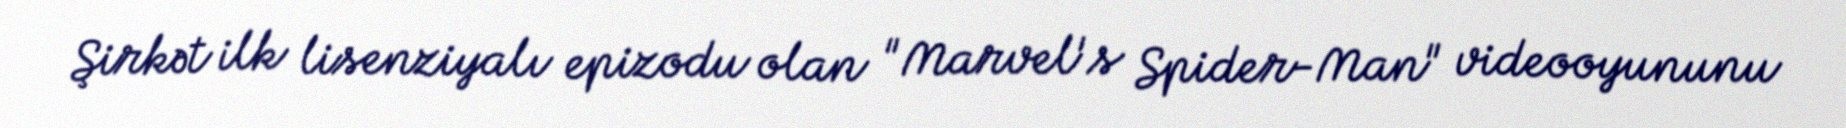
Şirkət ilk lisenziyalı epizodu olan "Marvel's Spider-Man" videooyununu